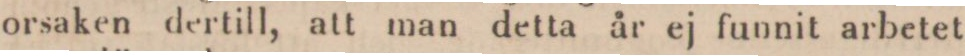
orsaken dertill, att man detta år ej funnit arbetet